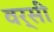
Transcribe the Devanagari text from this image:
वर्सी